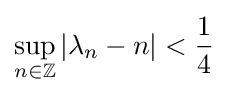
\sup _{n\in \mathbb {Z} }|\lambda _{n}-n|<{\frac {1}{4}}